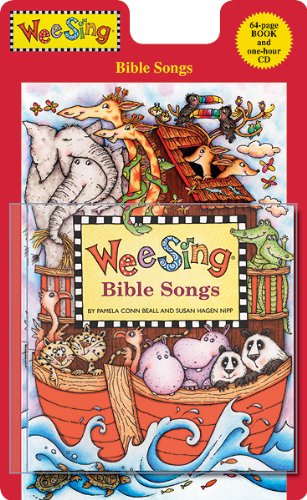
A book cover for Wee Sing Bible Songs (Wee Sing) CD and Book Edition; Pamela Conn Beall; Christian Books & Bibles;